Annual report of the Punjab Veterinary College and of the Civil Veterinary Department, Punjab - 1894-1908
Year: 1894
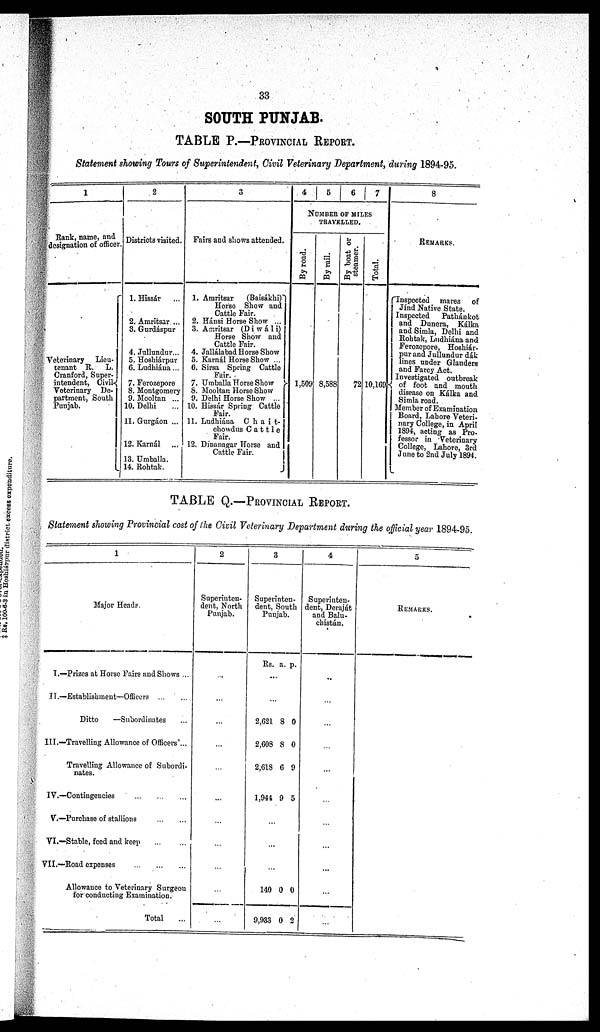
33
SOUTH PUNJAB.
TABLE P.—PROVINCIAL REPORT.
Statement showing Tours of Superintendent, Civil Veterinary Department, during 1894-95.
1
Rank, name, and
designation of officer
Veterinary Lieu-
tenant R. L.
Cranford, Super-
intendent, Civil
Veterinary De-
partment, South
Punjab.
2
Districts visited.
1. Hissár ...
2. Amritsar ...
3. Gurdáspur
4. Jullundur...
5. Hoshiárpur
6. Ludhiána...
7. Ferozepore
8. Montgomery
9. Mooltan ...
10. Delhi ...
11. Gurgáon ...
12. Karnál ...
13. Umballa.
14. Rohtak.
3
Fairs and shows attended.
1. Amritsar
(Baisákhi)
Horse Show and
Cattle Fair.
2. Háusi Horse Show ...
3. Amritsar (Diwáli)
Horse Show and
Cattle Fair.
4. Jallálabad Horse Show
5. Karnál Horse Show ...
6. Sirsa Spring Cattle
Fair.
7. Umballa Horse Show
8. Mooltan Horse Show
9. Delhi Horse Show ...
10. Hissár Spring Cattle
Fair.
11. Ludhiána
Chait-
chowdus Cattle
Fair.
12. Dinanagar Horse and
Cattle Fair.
4
5
6
7
NUMBER OF MILES
TRAVELLED.
By road.
1,509
By rail.
8,588
By boat or
steamer.
72
Total.
10,169
8
REMARKS.
Inspected mares
Jind Native State.
Inspected
Pathánl
and Dunera, Kál
and Simla, Delhi a
Rohtak, Ludhiána a
Ferozepore, Hoshia
pur and Jullundur d
lines under Glands
and Farcy Act.
Investigated outbre
of foot and mou
disease on Kálka a
Simla road.
Member of Examinati
Board, Lahore Vete
nary College, in Ap
1894, acting as Pi
fessor in Veterina
College, Lahore, 3
June to 2nd July 189
TABLE Q.—PROVINCIAL REPORT.
Statement showing Provincial cost of the Civil Veterinary Department during the official year 1894-95
1
Major Heads.
I.—Prizes at Horse Fairs and Shows ...
II.—Establishment—Officers ...
Ditto
—Subordinates ...
III.—Travelling Allowance of Officers ...
Travelling Allowance of Subordi-
nates.
IV.—Contingencies
...
...
...
V.—Purchase of stallions
...
...
VI.—Stable, feed and keep ... ...
VII.—Road expenses
...
...
...
Allowance to Veterinary Surgeon
for conducting Examination.
Total
2
Superinten-
dent, North
Punjab.
...
...
...
...
...
...
...
...
...
...
3
Superinten-
dent, South
Punjab.
Rs.
...
...
2,621
2,608
2,618
1,944
a.
8
8
6
9
p.
0
0
9
5
...
...
...
140
9,933
0
0
0
2
4
Superinten-
dent, Deraját
and Balu-
chistán.
..
...
...
...
...
...
...
...
...
...
...
5
REMARKS..